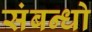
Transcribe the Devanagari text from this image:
संबन्धो